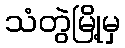
သံတွဲမြို့မှ